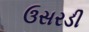
ઉસરડી